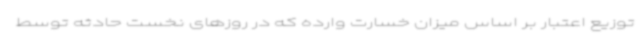
توزیع اعتبار بر اساس میزان خسارت وارده که در روزهای نخست حادثه توسط